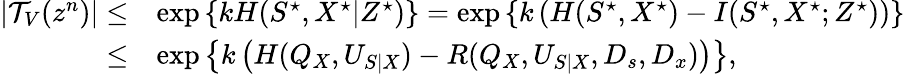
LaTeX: \begin{array}{rl}{|\mathcal{T}_{V}(z^{n})|\leq}&{\exp\left\{ kH(S^{\star},X^{\star}|Z^{\star})\right\} =\exp\left\{ k\left(H(S^{\star},X^{\star})-I(S^{\star},X^{\star};Z^{\star})\right)\right\} }\\ {\leq}&{\exp\left\{ k\left(H(Q_{X},U_{S|X})-R(Q_{X},U_{S|X},D_{s},D_{x})\right)\right\} ,}\end{array}